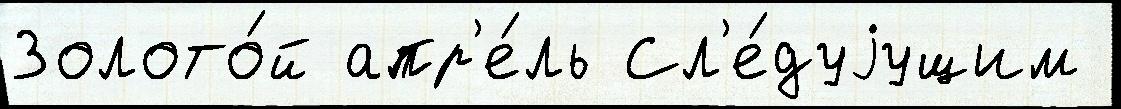
Золото́й апр'е́ль Сл'е́дуjущим